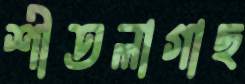
শীতলাগাছ